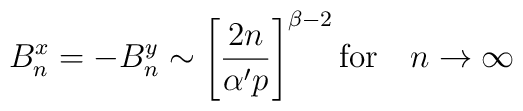
B^x_n = -B^y_n \sim \left[ \frac{2n}{\alpha' p} \right]^{\beta - 2} \mathrm{for}\quad n \rightarrow \infty